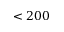
< 2 0 0